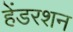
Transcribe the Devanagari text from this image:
हेंडरशन